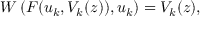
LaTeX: W \left( F ( u _ { k } , V _ { k } ( z ) ) , u _ { k } \right) = V _ { k } ( z ) ,